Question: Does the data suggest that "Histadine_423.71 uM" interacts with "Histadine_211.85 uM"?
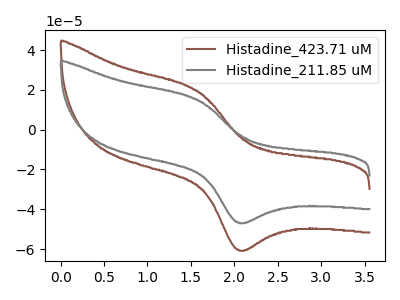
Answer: <think>The brown curve "Histadine_423.71 uM" has an anodic peak at (1.55V, 19.75uA) and a cathodic peak at (2.05V, -60.40uA). The gray curve "Histadine_211.85 uM" has an anodic peak at (1.55V, 15.25uA) and a cathodic peak at (2.05V, -46.65uA).
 All the peaks in "Histadine_423.71 uM" have a peak in "Histadine_211.85 uM" at the same potential. Every peak in "Histadine_423.71 uM" is higher than every peak in "Histadine_211.85 uM".</think>
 <answer>No, "Histadine_423.71 uM" and "Histadine_211.85 uM" don't appear to be significantly different in shape</answer>
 <eval>no_change</eval>